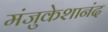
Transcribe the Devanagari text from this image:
मंजुकेशानंद